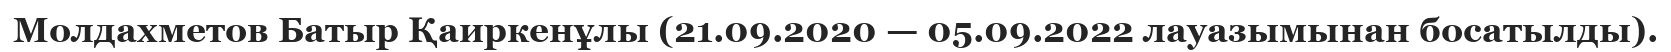
Молдахметов Батыр Қаиркенұлы (21.09.2020 — 05.09.2022 лауазымынан босатылды).